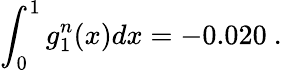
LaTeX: \int_{0}^{1}g_{1}^{n}(x)dx=-0.020\ .